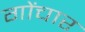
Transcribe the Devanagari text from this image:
गोंचार